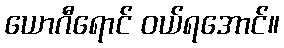
ယောဂီရောင် ဝယ်ရအောင်။